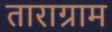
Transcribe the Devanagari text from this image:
ताराग्राम